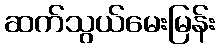
ဆက်သွယ်မေးမြန်း